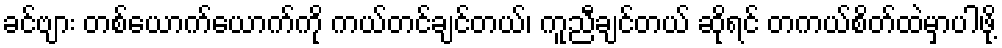
ခင်ဗျား တစ်ယောက်ယောက်ကို ကယ်တင်ချင်တယ်၊ ကူညီချင်တယ် ဆိုရင် တကယ်စိတ်ထဲမှာပါဖို့